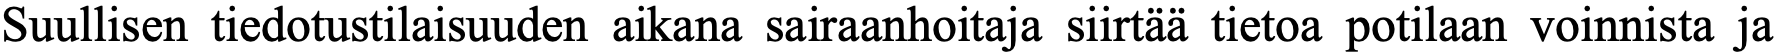
Suullisen tiedotustilaisuuden aikana sairaanhoitaja siirtää tietoa potilaan voinnista ja